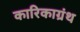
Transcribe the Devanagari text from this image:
कारिकाग्रंथ